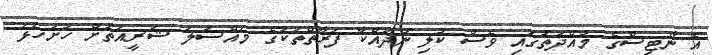
އެ ނޯޓިސްގެ މުއްދަތުގައި ވެސް ކުލި ނުދައްކާ ފަރާތްތަކުގެ މައްސަލަ ޝަރީއަތަށް ހުށަހަޅަ